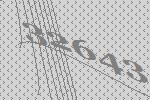
32643